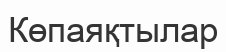
Көпаяқтылар